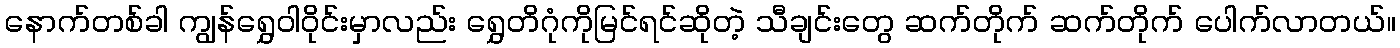
နောက်တစ်ခါ ကျွန်ရွှေဝါဝိုင်းမှာလည်း ရွှေတိဂုံကိုမြင်ရင်ဆိုတဲ့ သီချင်းတွေ ဆက်တိုက် ဆက်တိုက် ပေါက်လာတယ်။